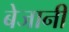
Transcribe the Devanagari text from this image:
बेजानी